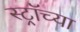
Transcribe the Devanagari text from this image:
स्ट्रॉच्या